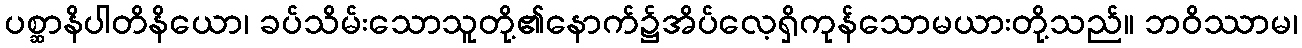
ပစ္ဆာနိပါတိနိယော၊ ခပ်သိမ်းသောသူတို့၏နောက်၌အိပ်လေ့ရှိကုန်သောမယားတို့သည်။ ဘဝိဿာမ၊